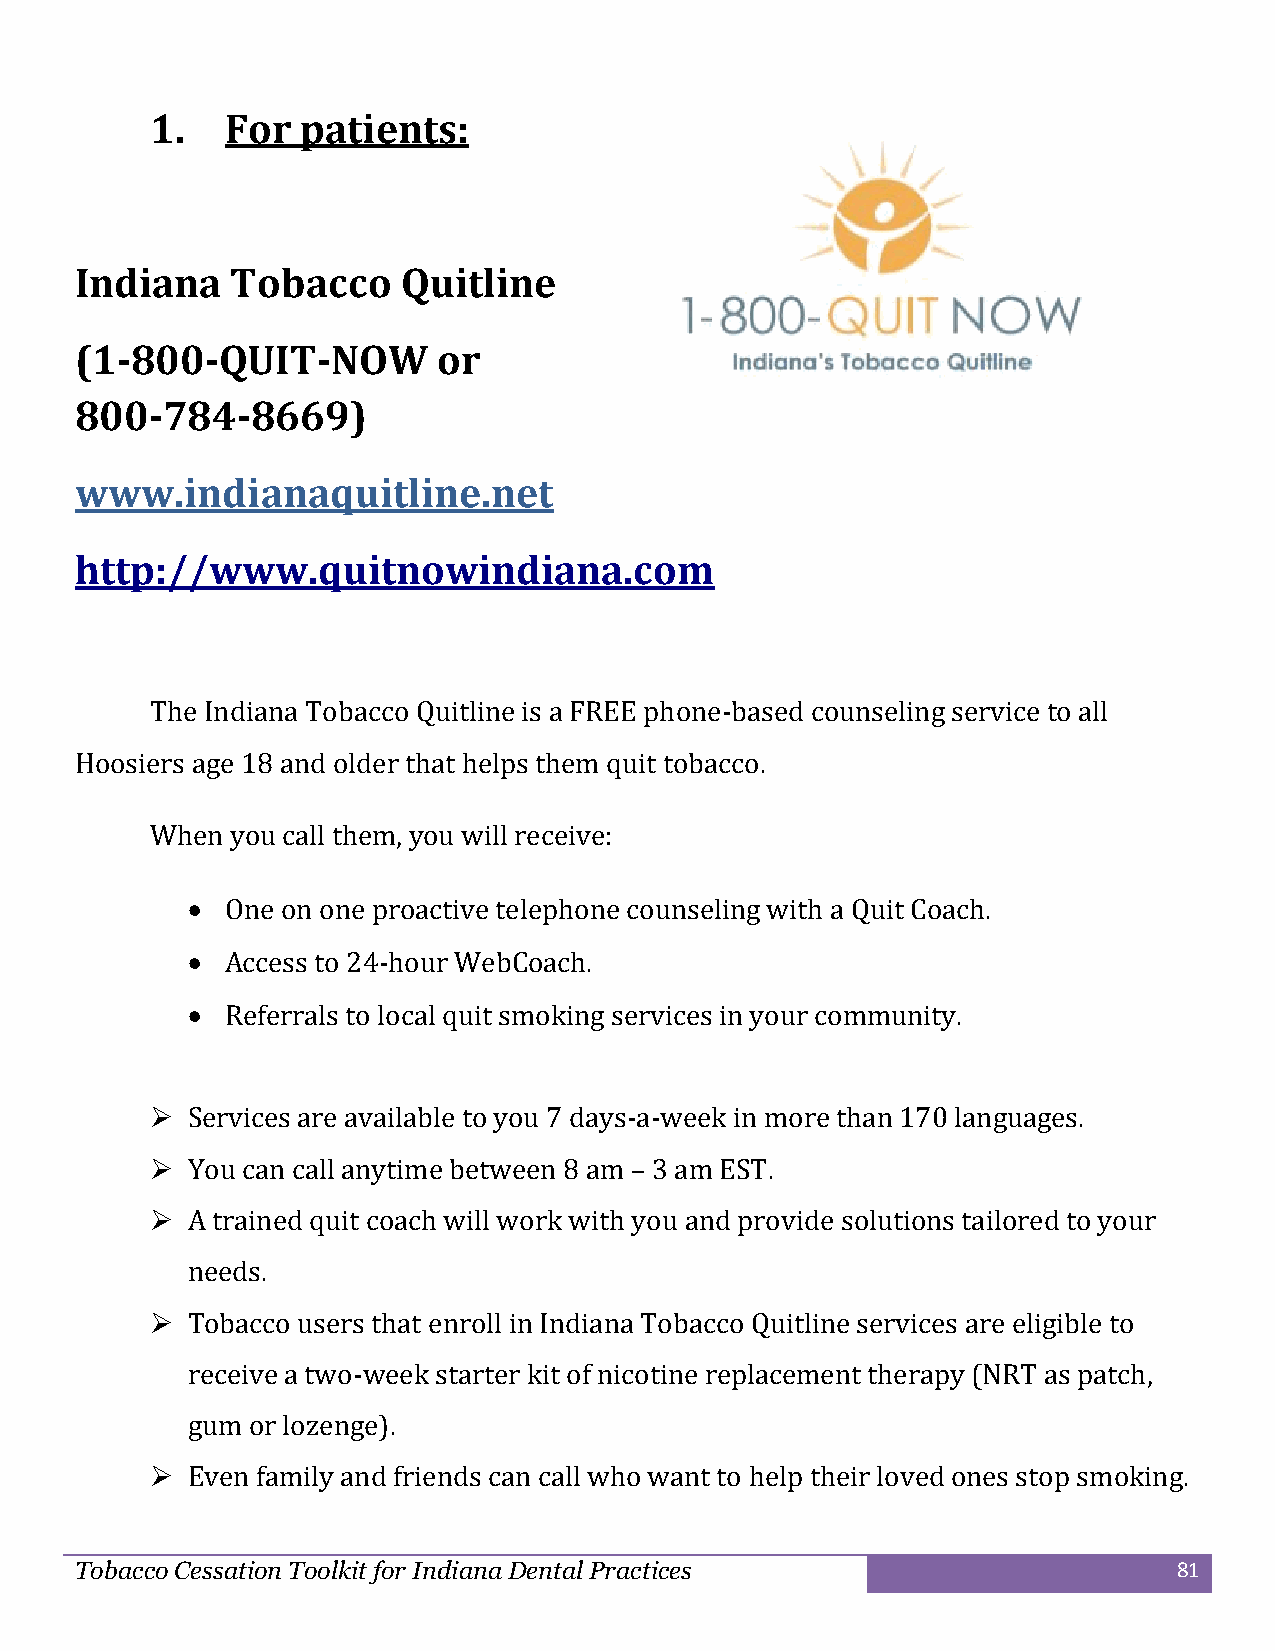
1.   For  patients:
 Indiana   Tobacco     Quitline
 (1-800-QUIT-NOW         or
 800-784-8669)
 www.indianaquitline.net
 http://www.quitnowindiana.com
 The Indiana Tobacco Quitline is a FREE phone-based counseling service to all
 Hoosiers age 18 and older that helps them quit tobacco.
 When you call them, you will receive:
   One on one proactive telephone counseling with a Quit Coach.
   Access to 24-hour WebCoach.
   Referrals to local quit smoking services in your community.
  Services are available to you 7 days-a-week in more than 170 languages.
  You can call anytime between 8 am – 3 am EST.
  A trained quit coach will work with you and provide solutions tailored to your
 needs.
  Tobacco users that enroll in Indiana Tobacco Quitline services are eligible to
 receive a two-week starter kit of nicotine replacement therapy (NRT as patch,
 gum or lozenge).
  Even family and friends can call who want to help their loved ones stop smoking.
 Tobacco Cessation Toolkit for Indiana Dental Practices                   81